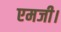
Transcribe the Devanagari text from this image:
एमजी।